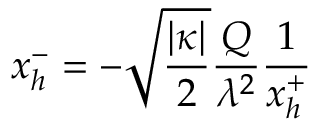
x _ { h } ^ { - } = - \sqrt { \frac { | \kappa | } { 2 } } \frac { Q } { \lambda ^ { 2 } } \frac { 1 } { x _ { h } ^ { + } }